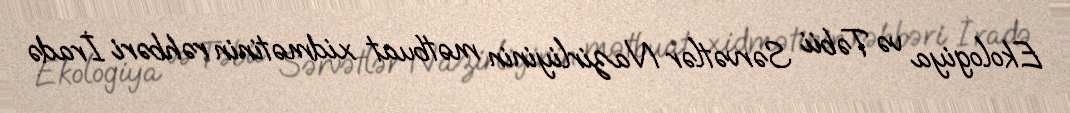
Ekologiya və Təbii Sərvətlər Nazirliyinin mətbuat xidmətinin rəhbəri İradə